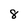
Character: 8